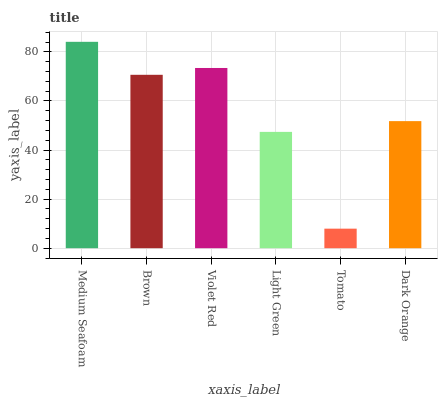
| xaxis_label | bars |
 | --- | --- |
 | Medium Seafoam | 84.1 |
 | Brown | 70.6 |
 | Violet Red | 73.4 |
 | Light Green | 47.4 |
 | Tomato | 7.96 |
 | Dark Orange | 51.8 |